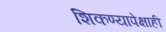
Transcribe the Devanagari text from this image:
शिकण्यापेक्षाही